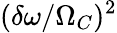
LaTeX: (\delta\omega/\Omega_{C})^{2}